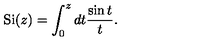
\mathrm { S i } ( z ) = \int _ { 0 } ^ { z } d t { \frac { \sin t } { t } } .